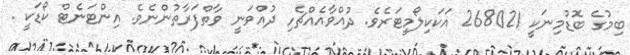
ބިމުގެ ބޮޑުމިނަކީ 268021 އަކަކިލޯމީޓަރެވެ. ދުއްވާއެއްޗެހި ދުއްވަނީ ވާތްފަރާތުންނެވެ. އިންޓަނެޓް ކޯޑަކީ .